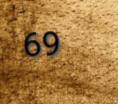
69